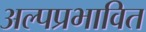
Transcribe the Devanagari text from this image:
अल्पप्रभावित